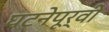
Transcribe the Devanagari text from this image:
घटनेपूर्वी